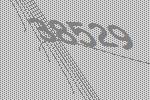
38529